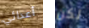
أعدائي لكن